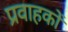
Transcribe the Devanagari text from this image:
प्रवाहकों